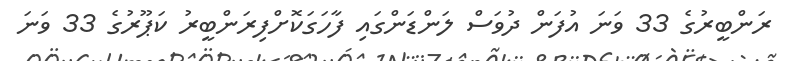
ރަންބީރުގެ 33 ވަނަ އުފަން ދުވަސް ލަންޑަންގައި ފާހަގަކޮށްފިރަންބީރު ކަޕޫރުގެ 33 ވަނަ